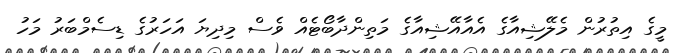
މީގެ އިތުރުން މެލޭޝިއާގެ އެއާއޭޝިއާގެ މަތިންދާބޯޓެއް ވެސް މިދިޔަ އަހަރުގެ ޑިސެމްބަރު މަހު